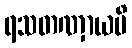
ရသတဏှာယပိ